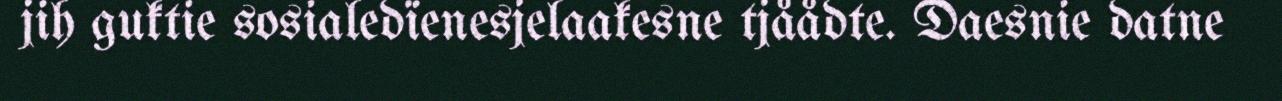
jih guktie sosialedïenesjelaakesne tjåådte. Daesnie datne